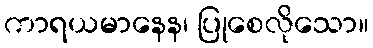
ကာရယမာနေန၊ ပြုစေလိုသော။